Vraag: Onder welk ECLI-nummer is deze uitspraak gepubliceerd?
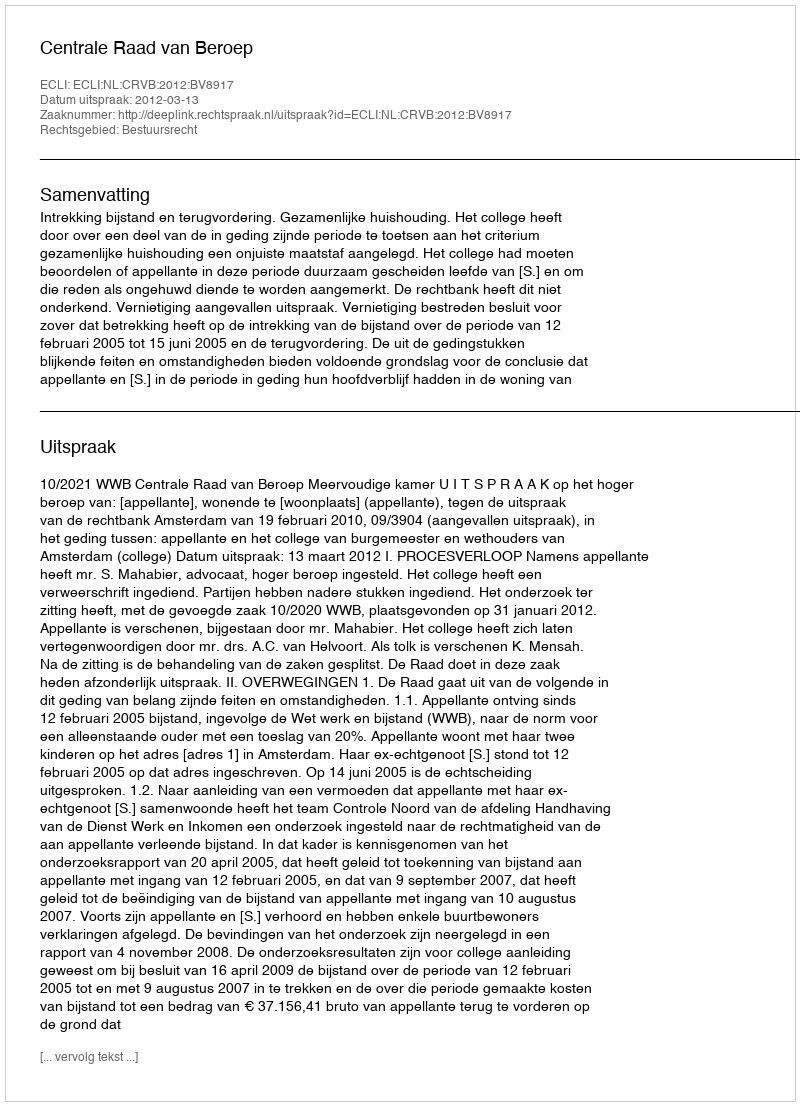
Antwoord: ECLI:NL:CRVB:2012:BV8917